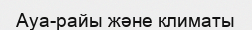
Ауа-райы және климаты